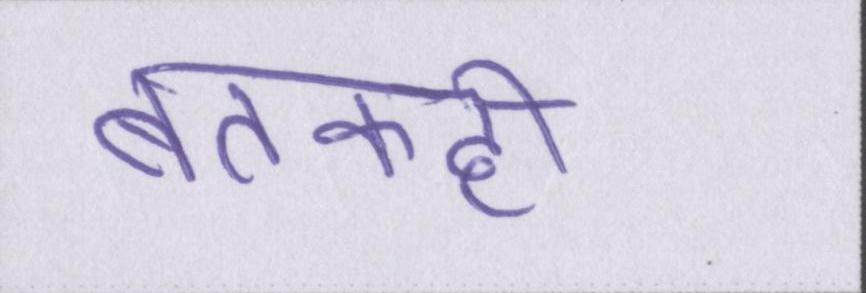
बतकही